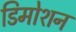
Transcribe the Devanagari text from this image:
डिमोशन